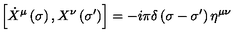
\left[ \dot { X } ^ { \mu } \left( \sigma \right) , X ^ { \nu } \left( \sigma ^ { \prime } \right) \right] = - i \pi \delta \left( \sigma - \sigma ^ { \prime } \right) \eta ^ { \mu \nu }